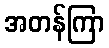
အတန်ကြာ